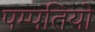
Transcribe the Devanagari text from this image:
पम्‍पतियो